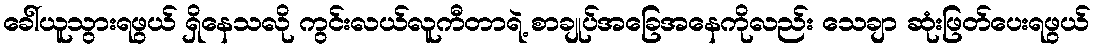
ခေါ်ယူသွားရဖွယ် ရှိနေသလို ကွင်းလယ်လူကီတာရဲ့ စာချုပ်အခြေအနေကိုလည်း သေချာ ဆုံးဖြတ်ပေးရဖွယ်